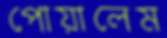
পোয়ালেম